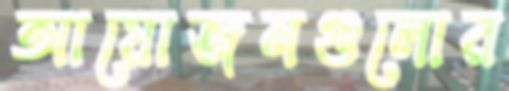
আয়োজনগুলোর